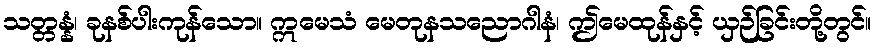
သတ္တန္နံ၊ ခုနစ်ပါးကုန်သော။ ဣမေသံ မေတုနသညောဂါနံ၊ ဤမေထုန်နှင့် ယှဉ်ခြင်းတို့တွင်။